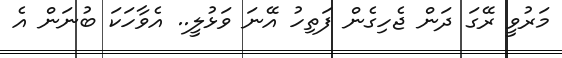
މަރުވީ ރޭގަ ދަން ޖެހިގެން ފަތިހު އޭނަ ވަޅުލީ.. އެވާހަކަ ބުނަން އެ